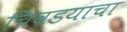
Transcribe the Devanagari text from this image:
चिवडयाचा